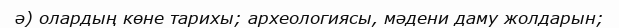
ә) олардың көне тарихы; археологиясы, мәдени даму жолдарын;